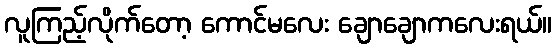
လူကြည့်လိုက်တော့ ကောင်မလေး ချောချောကလေးရယ်။